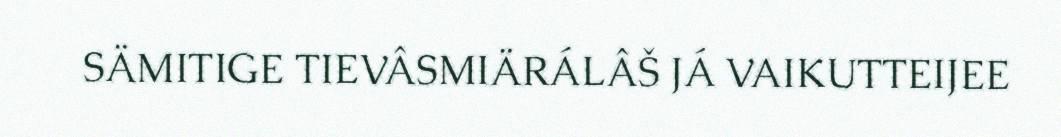
SÄMITIGE TIEVÂSMIÄRÁLÂŠ JÁ VAIKUTTEIJEE